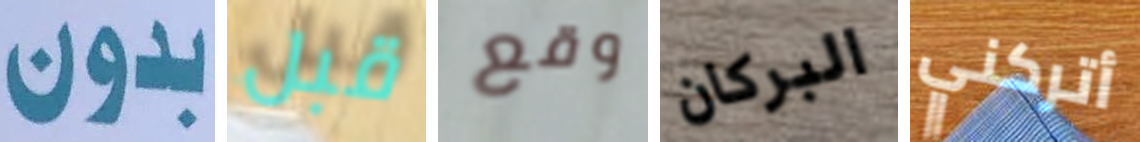
بدون قبل وقع البركان أتركني